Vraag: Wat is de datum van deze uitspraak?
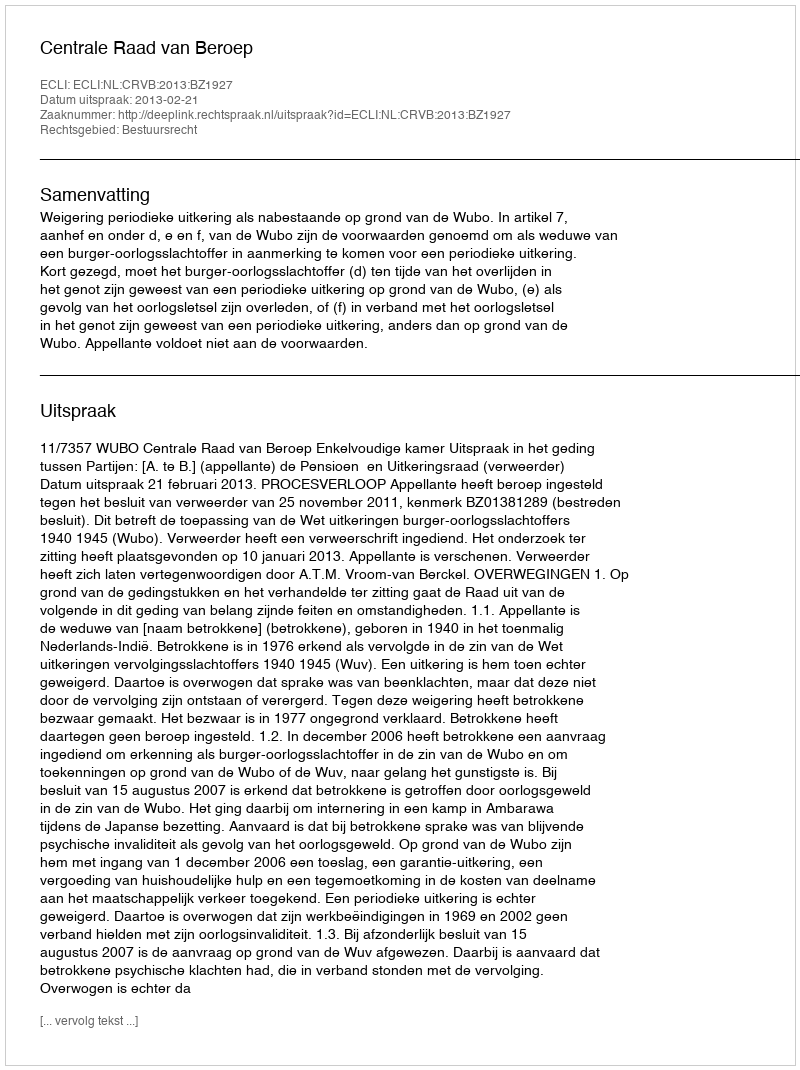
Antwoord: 2013-02-21